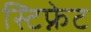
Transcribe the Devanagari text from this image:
स्टिफ्नेट